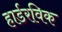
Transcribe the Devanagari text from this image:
हार्डरविक